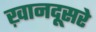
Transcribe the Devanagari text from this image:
ख़ानदूसरे